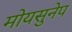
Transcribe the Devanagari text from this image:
मोयसुनेप